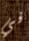
في